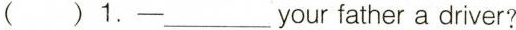
( )1.—— ___ your father a driver?